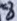
Text: 8